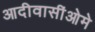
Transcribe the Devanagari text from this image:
आदीवासींओमे